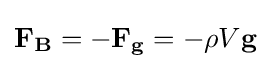
\mathbf {F_{B}} =-\mathbf {F_{g}} =-\rho V{\textbf {g}}